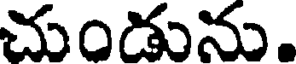
చుండును.